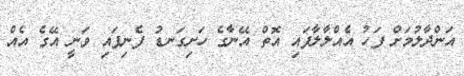
އަންދާލުމަށް ފަހު އެއްލާލާފައި އޮތް އޭނާގެ ހަށިގަނޑު ފެނިފައި ވަނީ އޭގެ އެއް